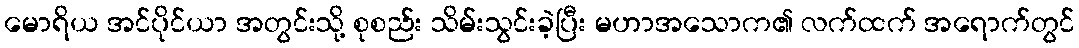
မောရိယ အင်ပိုင်ယာ အတွင်းသို့ စုစည်း သိမ်းသွင်းခဲ့ပြီး မဟာအသောက၏ လက်ထက် အရောက်တွင်